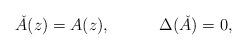
LaTeX: \begin{align*} {\check A}(z) =A(z),~~~~~~~~~\Delta(\check A)=0,\end{align*}